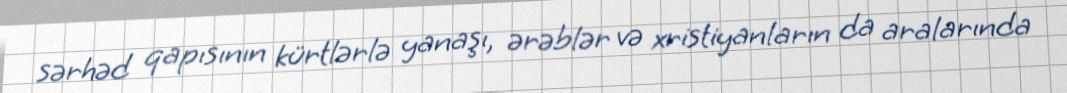
sərhəd qapısının kürtlərlə yanaşı, ərəblər və xristiyanların da aralarında